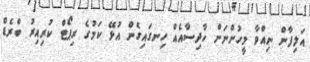
އަލިފާން ނިއްވާ މީހުންނަށް ހާދިސާއެއް ހިނގައިގެން އުޅޭ ކަމުގެ ރިޕޯޓް ކުރިއިރު ބްރެޑް